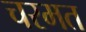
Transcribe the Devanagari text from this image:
चरमत